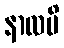
နာလပိ